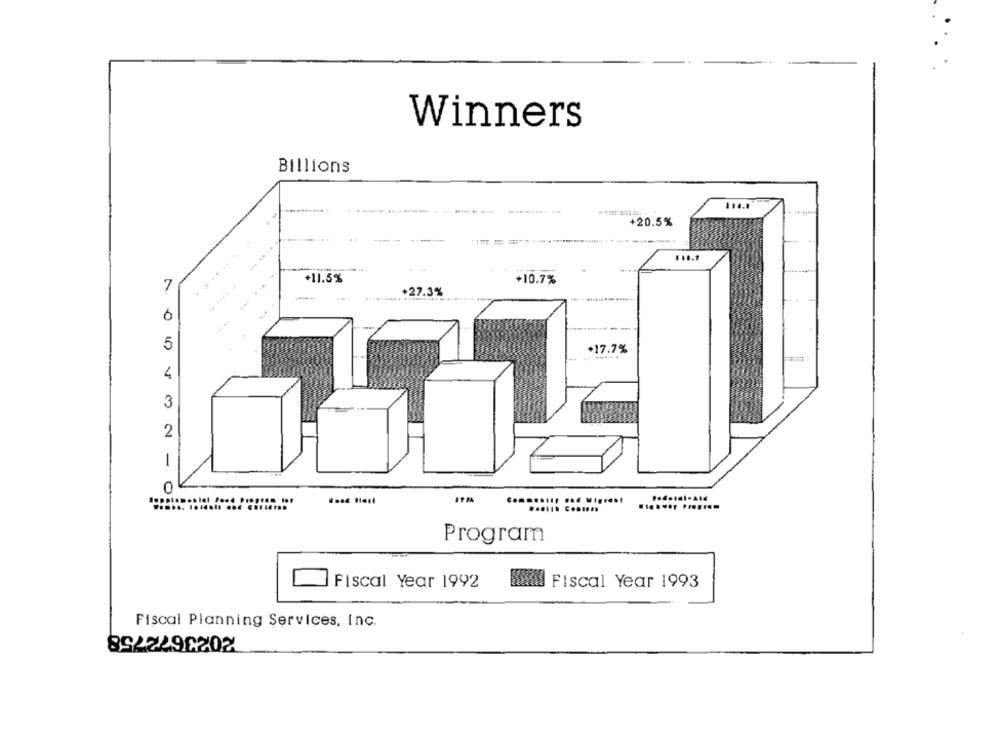
Winners
Billions
.....
.-------------
+20.5%
+11.5%
+10.7%
7
+27.3%
6
5
+17.7%
.......
4
3
2
-
0
Program
Fiscal Year 1992
Kiad Fiscal Year 1993
Fiscal Planning Services, Inc.
8522296202